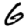
Digit: 6